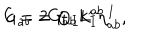
LaTeX: G _ { a b } = \oplus _ { I } k _ { I } \eta _ { a b } ^ { I } , \hspace { . 2 i n } c = 2 G _ { a b } L ^ { a b }